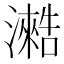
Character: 𰝣